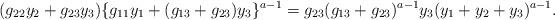
LaTeX: \begin{align*} (g_{22}y_2+g_{23}y_3)\{g_{11}y_1+(g_{13}+g_{23})y_3\}^{a-1}=g_{23}(g_{13}+g_{23})^{a-1}y_3(y_1+y_2+y_3)^{a-1}. \end{align*}